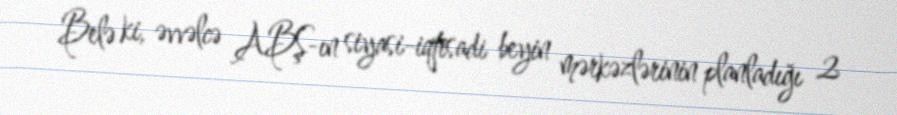
Belə ki, əvvəlcə ABŞ-ın siyasi-iqtisadi beyin mərkəzlərinin planladığı 2